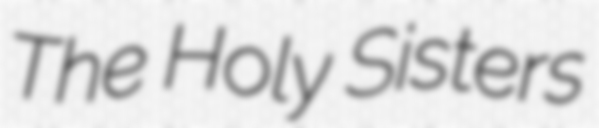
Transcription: The Holy Sisters